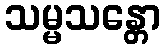
သမ္မသန္တော